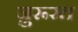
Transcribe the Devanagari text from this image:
ज़ुरूरत